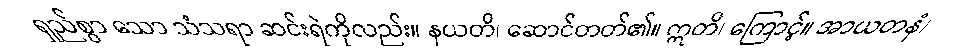
ရှည်စွာ သော သံသရာ ဆင်းရဲကိုလည်း။ နယတိ၊ ဆောင်တတ်၏။ ဣတိ၊ ကြောင့်။ အာယတနံ၊